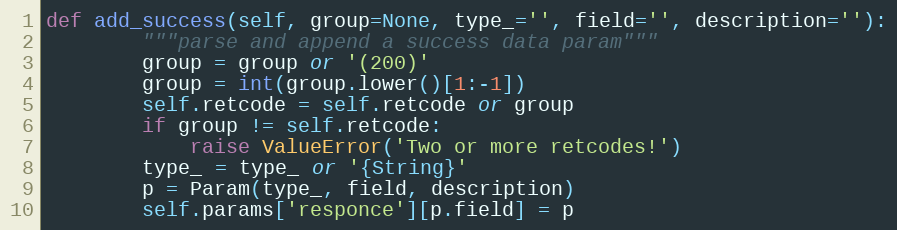
Language: Python
def add_success(self, group=None, type_='', field='', description=''):
        """parse and append a success data param"""
        group = group or '(200)'
        group = int(group.lower()[1:-1])
        self.retcode = self.retcode or group
        if group != self.retcode:
            raise ValueError('Two or more retcodes!')
        type_ = type_ or '{String}'
        p = Param(type_, field, description)
        self.params['responce'][p.field] = p